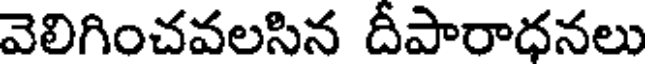
వెలిగించవలసిన దీపారాధనలు